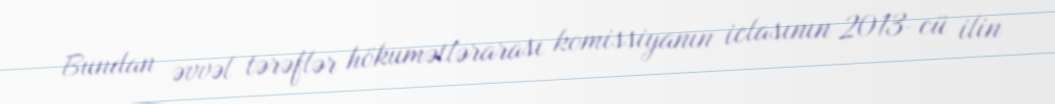
Bundan əvvəl tərəflər hökumətlərarası komissiyanın iclasının 2013-cü ilin